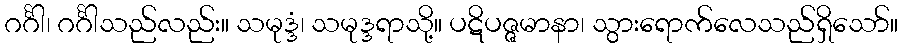
ဂင်္ဂါ၊ ဂင်္ဂါသည်လည်း။ သမုဒ္ဒံ၊ သမုဒ္ဒရာသို့။ ပဋိပဇ္ဇမာနာ၊ သွားရောက်လေသည်ရှိသော်။